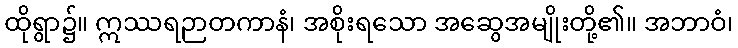
ထိုရွာ၌။ ဣဿရဉာတကာနံ၊ အစိုးရသော အဆွေအမျိုးတို့၏။ အဘာဝံ၊